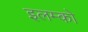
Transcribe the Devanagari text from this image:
इलम्को